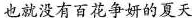
也就没有百花争妍的夏天